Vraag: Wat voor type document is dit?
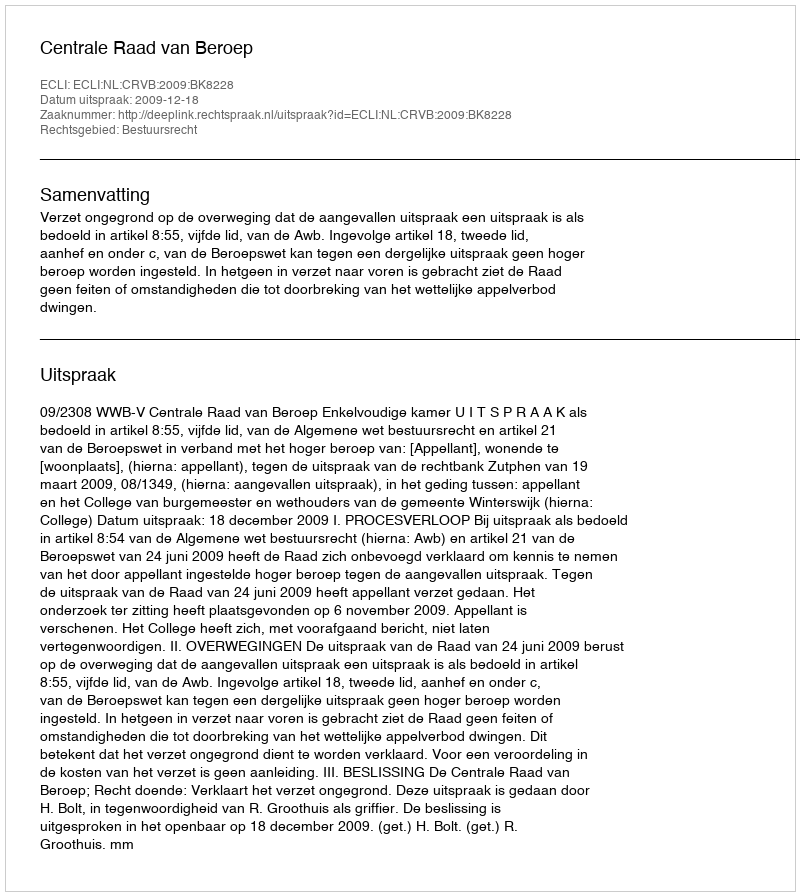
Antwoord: Uitspraak